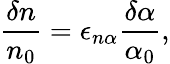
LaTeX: \frac{\delta n}{n_{0}}=\epsilon_{n\alpha}\frac{\delta\alpha}{\alpha_{0}},